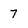
Character: 7